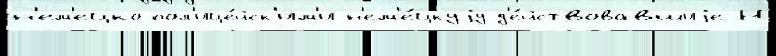
н'ем'ецко-пол'ице́йск'им'и н'ем'е́цкуjу д'е́йствовавшиjе Н